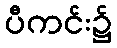
ပီကင်း၌